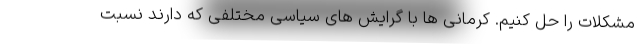
مشکلات را حل کنیم. کرمانی ها با گرایش های سیاسی مختلفی که دارند نسبت